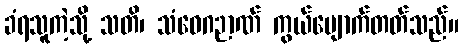
ခံရသူကဲ့သို့ သတိ၊ သံဝေဂဉာဏ် ကွယ်ပျောက်တတ်သည်။